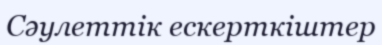
Сәулеттік ескерткіштер